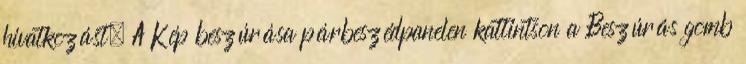
hivatkozást. A Kép beszúrása párbeszédpanelen kattintson a Beszúrás gomb